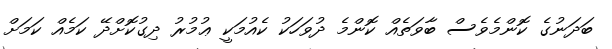
ބަދަނުގެ ކޮންމެވެސް ބާވަތެއް ކޮންމެ ދުވަހަކު ކެއުމަކީ ޢުމުރު ދިގުކޮށްދޭ ކަމެއް ކަމަށް